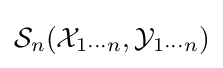
{\mathcal {S}}_{n}({\mathcal {X}}_{1\cdots n},{\mathcal {Y}}_{1\cdots n})